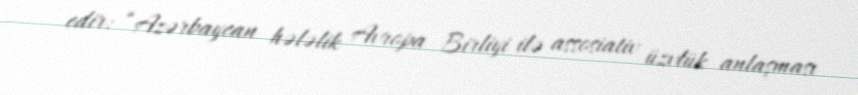
edir: “Azərbaycan hələlik Avropa Birliyi ilə assosiativ üzvlük anlaşması